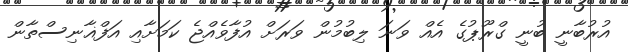
އުރުބާނީ ބުނީ ގްރޫޕުގެ އެއް ވަނަ ލިބުމުން ވަރަށް އުފާވެއްޖެ ކަމަށާއި އަފްޣާނިސްތާން